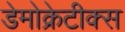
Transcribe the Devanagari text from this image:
डेमोक्रेटीक्स